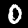
Digit: 0